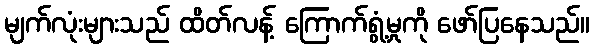
မျက်လုံးများသည် ထိတ်လန့် ကြောက်ရွံ့မှုကို ဖော်ပြနေသည်။